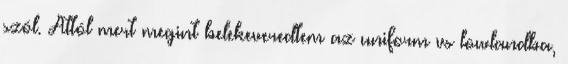
szól. Attól mert megint belekeveredtem az uniform vs lowlandba,